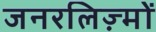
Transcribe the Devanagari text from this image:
जनरलिज़्मों